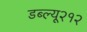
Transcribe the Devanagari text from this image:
डब्ल्यू२१२